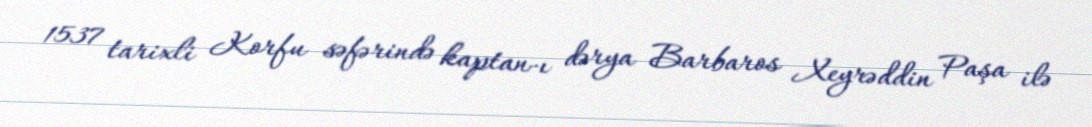
1537 tarixli Korfu səfərində kaptan-ı dərya Barbaros Xeyrəddin Paşa ilə